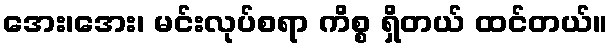
အေး၊အေး၊ မင်းလုပ်စရာ ကိစ္စ ရှိတယ် ထင်တယ်။